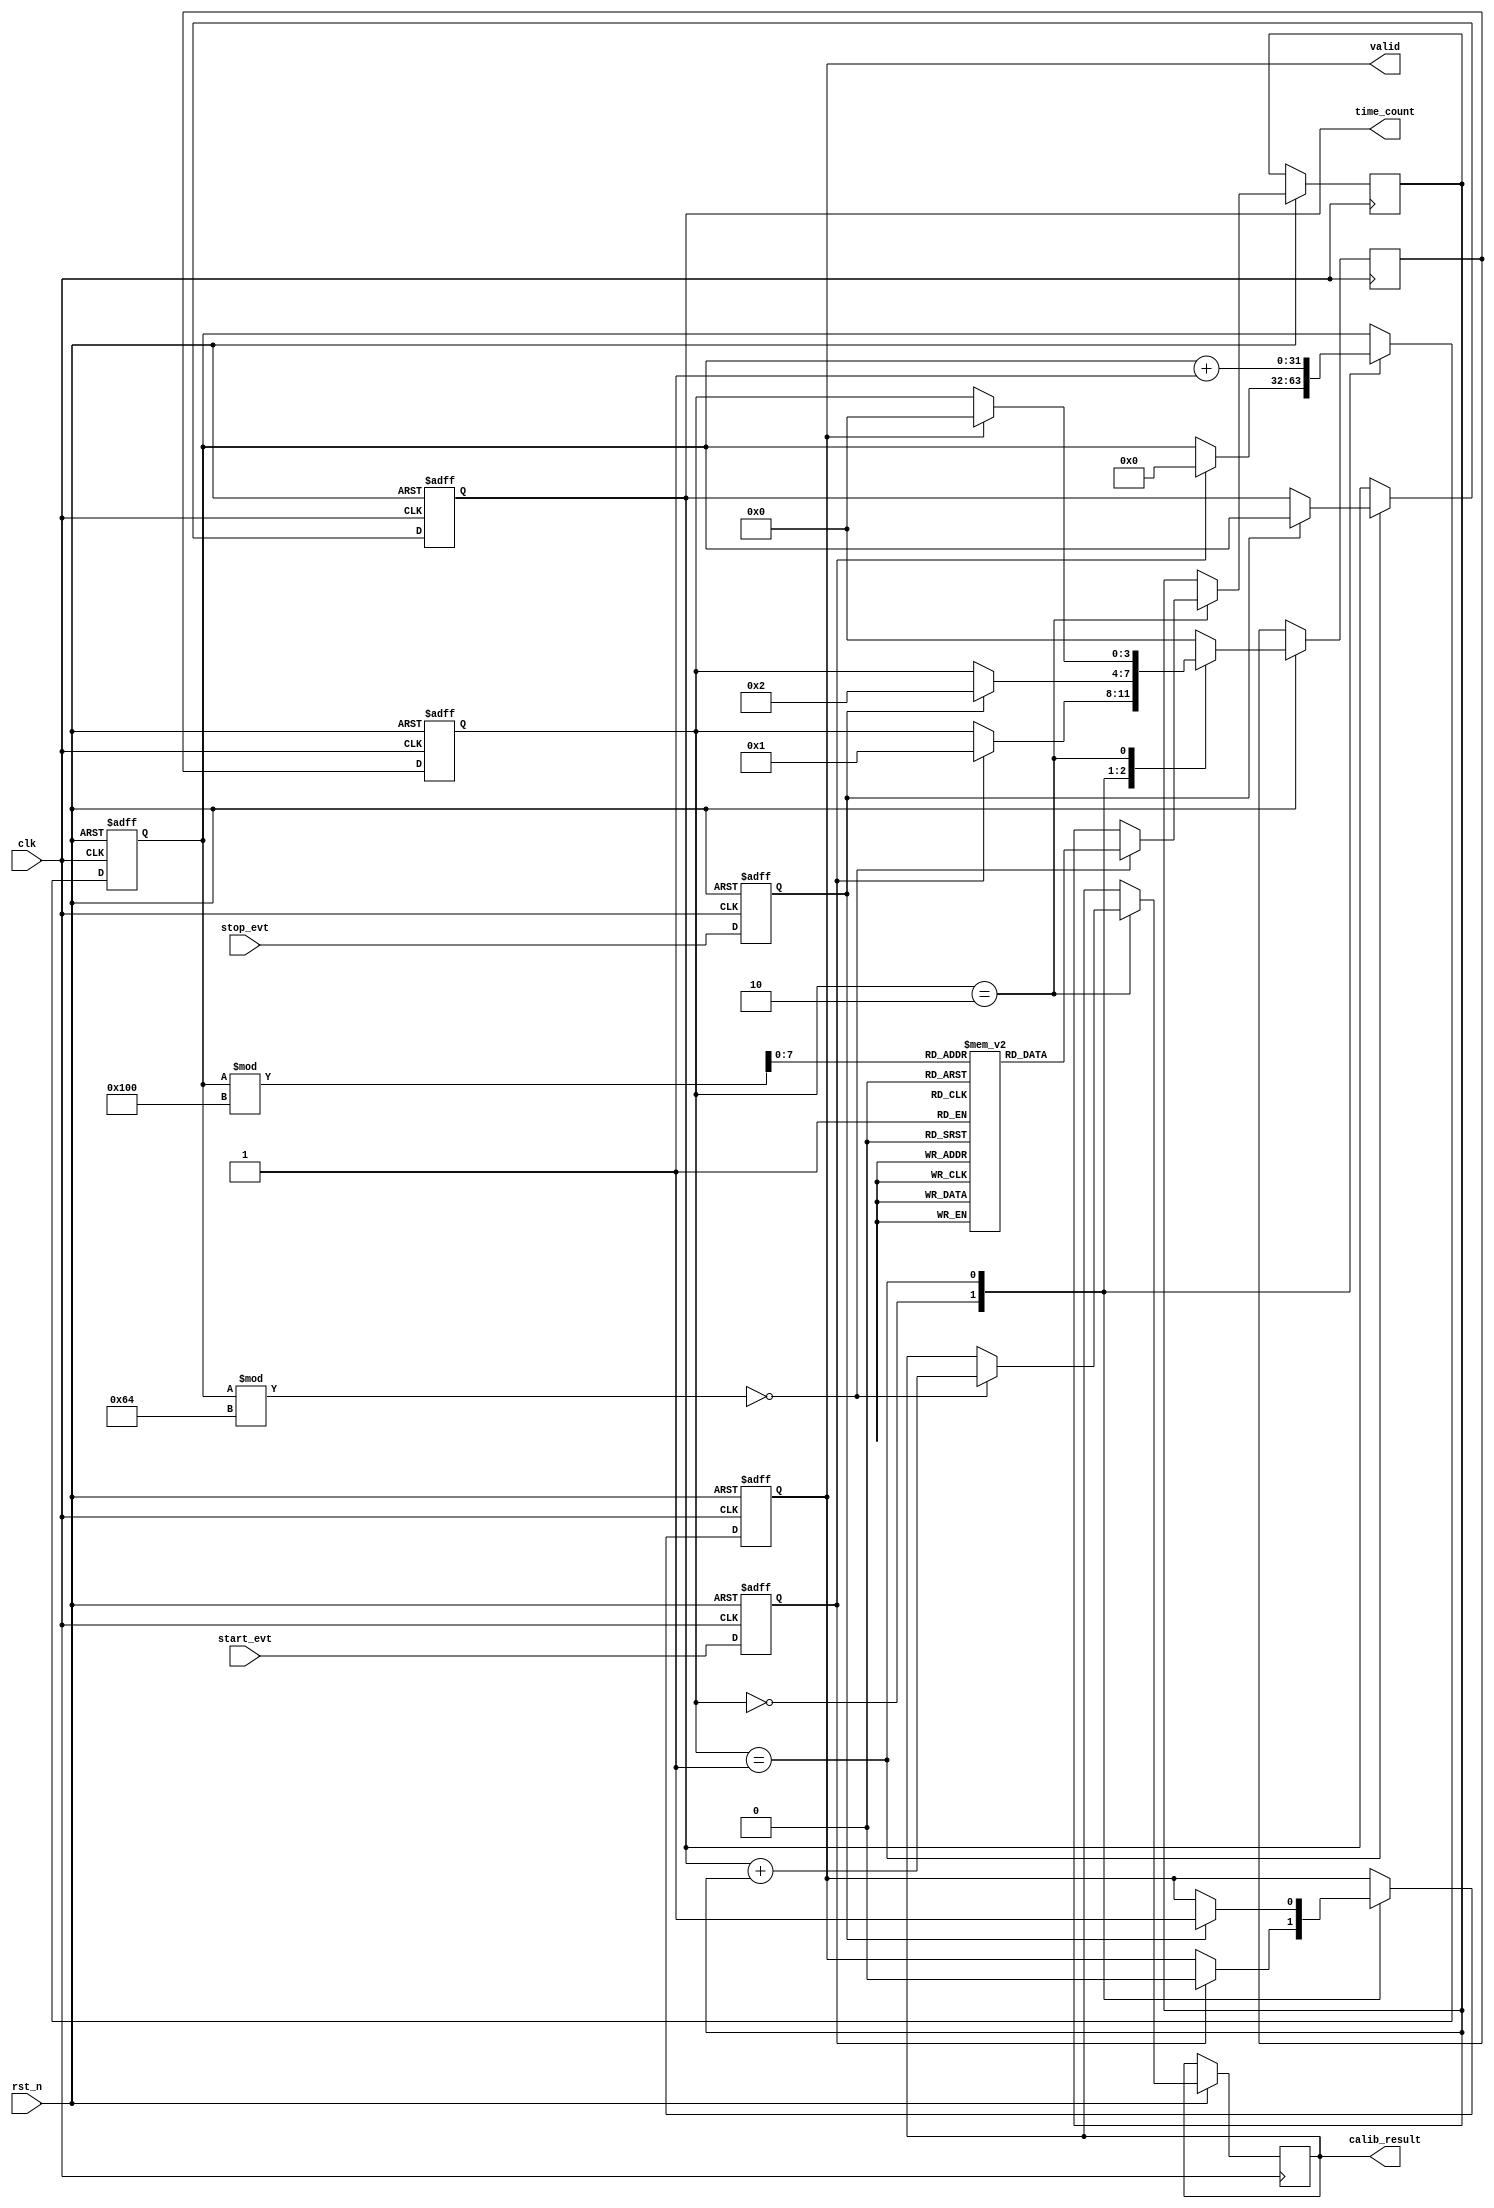
module TDC (
    input wire clk,             // Reference clock
    input wire rst_n,           // Active low reset
    input wire start_evt,       // Start event signal
    input wire stop_evt,        // Stop event signal
    output reg [31:0] time_count, // Measured time interval
    output reg valid,           // Output valid signal
    output reg [31:0] calib_result // Calibration result
);

// Parameter definitions
parameter CALIBRATION_INTERVAL = 100; // Calibration period in clock cycles
parameter MEMORY_SIZE = 256; // Example memory size for calibration coefficients

// Internal signals
reg [31:0] clk_count;             // Clock cycle counter
reg start_edge, stop_edge;        // Edge detection
reg calibration_mode = 1'b0;      // Calibration mode flag
reg [31:0] memory [0:MEMORY_SIZE-1]; // Memory for calibration coefficients
reg [31:0] calib_factor;           // Calibration factor
reg [3:0] state;                   // FSM state
reg [3:0] next_state;              // Next state for FSM

// Edge detection module
always @(posedge clk or negedge rst_n) begin
    if (!rst_n) begin
        start_edge <= 1'b0;
        stop_edge <= 1'b0;
    end else begin
        start_edge <= start_evt;
        stop_edge <= stop_evt;
    end
end

// Main TDC operation and FSM
always @(posedge clk or negedge rst_n) begin
    if (!rst_n) begin
        clk_count <= 32'b0;
        time_count <= 32'b0;
        valid <= 1'b0;
        state <= 4'b0000; // Initial state
    end else begin
        state <= next_state;
        
        case(state)
            4'b0000: begin // Idle state
                if (start_edge) begin
                    clk_count <= 32'b0;
                    valid <= 1'b0;
                    next_state <= 4'b0001; // Move to counting state
                end else begin
                    next_state <= state; // Remain in idle
                end
            end

            4'b0001: begin // Counting state
                clk_count <= clk_count + 1;
                if (stop_edge) begin
                    time_count <= clk_count; // Capture time count
                    valid <= 1'b1;            // Mark output as valid
                    next_state <= 4'b0010;   // Move to calibration state
                end else begin
                    next_state <= state; // Continue counting
                end
            end

            4'b0010: begin // Calibration state
                if (clk_count % CALIBRATION_INTERVAL == 0) begin
                    // Perform in-situ calibration here
                    // Example: Adjust using stored values in memory
                    calib_factor <= memory[clk_count % MEMORY_SIZE];
                    calib_result <= time_count + calib_factor; // Example adjustment
                end
                if (valid) begin
                    next_state <= 4'b0000; // Go back to idle
                end else begin
                    next_state <= state; // Stay in calibration state
                end
            end

            // Additional states can be added for error detection, configuration, etc.

            default: next_state <= 4'b0000; // Reset to idle on unknown state
        endcase
    end
end

// Memory initialization logic for coefficients can be added in an initial block
initial begin
    // Example: Load calibration coefficients (can be simulated or externally defined)
    memory[0] = 32'd5;
    memory[1] = 32'd10;
    // Continue for more coefficients...
end

endmodule